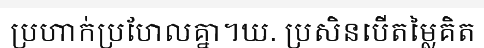
ប្រហាក់ប្រហែលគ្នា។ឃ. ប្រសិនបើតម្លៃគិត